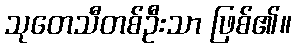
သုတေသီတစ်ဦးသာ ဖြစ်၏။